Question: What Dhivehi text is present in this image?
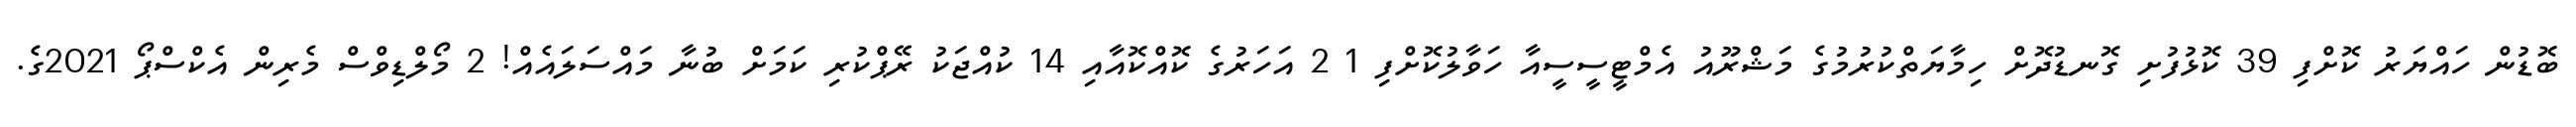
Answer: ބޮޑުން ހައްޔަރު ކޮށްފި 39 ކޮޅުފުށި ގޮނޑުދޮށް ހިމާޔަތްކުރުމުގެ މަޝްރޫއު އެމްޓީސީސީއާ ހަވާލުކޮށްފި 1 2 އަހަރުގެ ކޮއްކޮއާއި 14 ކުއްޖަކު ރޭޕްކުރި ކަމަށް ބުނާ މައްސަލައެއް! 2 މޯލްޑިވްސް މެރިން އެކްސްޕޯ 2021ގެ.